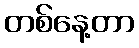
တစ်နေ့တာ